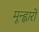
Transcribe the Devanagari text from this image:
मून्ह्वारो